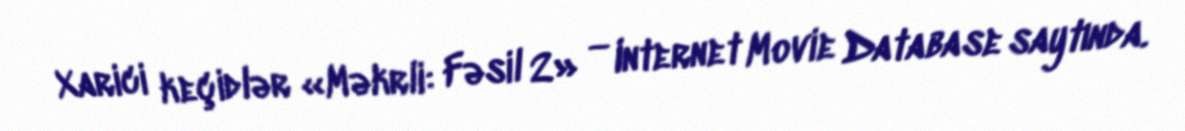
Xarici keçidlər «Məkrli: Fəsil 2» — Internet Movie Database saytında.